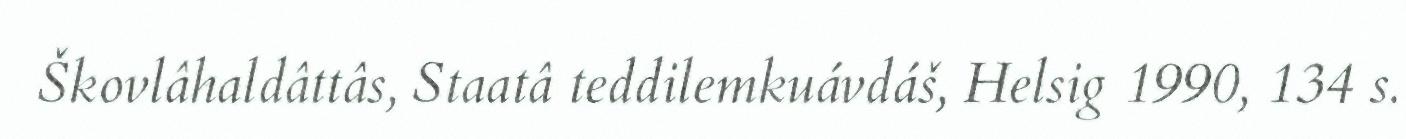
Škovlâhaldâttâs, Staatâ teddilemkuávdáš, Helsig 1990, 134 s.